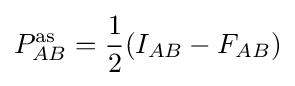
P_{AB}^{\text{as}}={\frac {1}{2}}(I_{AB}-F_{AB})